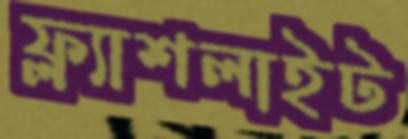
ফ্ল্যাশলাইট